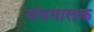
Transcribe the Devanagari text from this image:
संघमालक